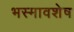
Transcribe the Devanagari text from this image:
भस्मावशेष